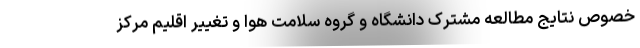
خصوص نتایج مطالعه مشترک دانشگاه و گروه سلامت هوا و تغییر اقلیم مرکز